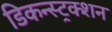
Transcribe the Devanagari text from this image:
डिकन्स्ट्रक्शन